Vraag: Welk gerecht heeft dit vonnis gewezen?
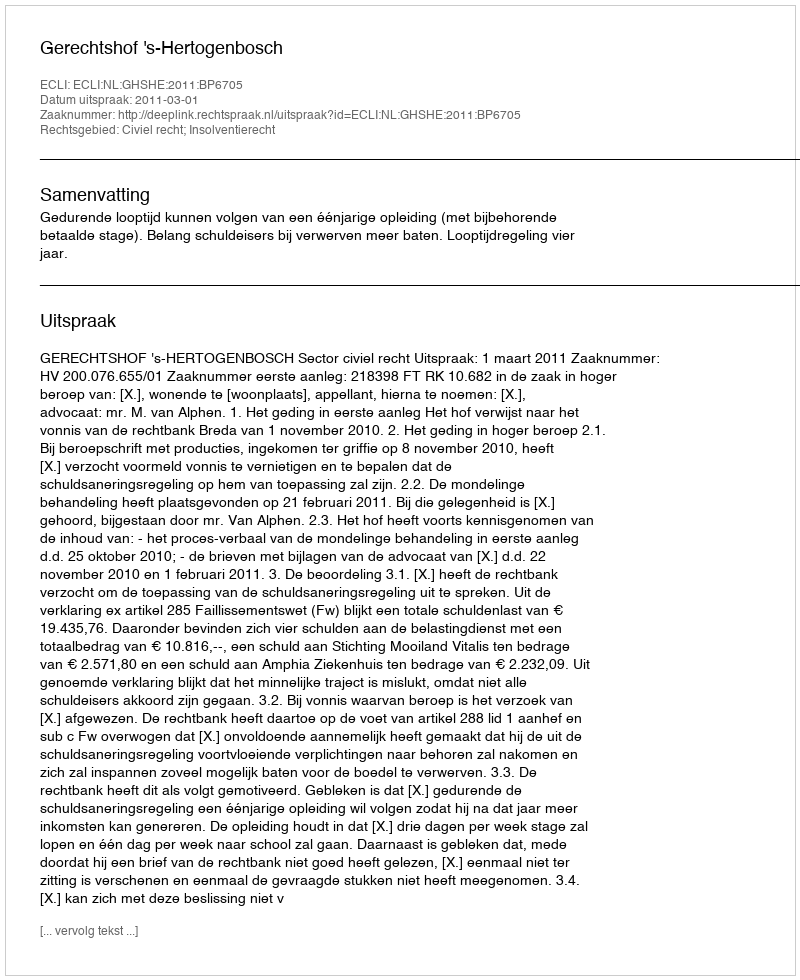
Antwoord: Gerechtshof 's-Hertogenbosch